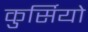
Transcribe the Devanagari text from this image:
कुर्सियो